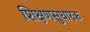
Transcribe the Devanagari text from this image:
शिक्षणसुधारक